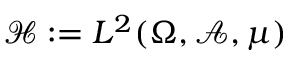
\mathcal { H } : = L ^ { 2 } ( \Omega , \mathcal { A } , \mu )